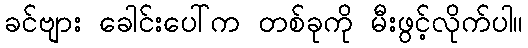
ခင်ဗျား ခေါင်းပေါ်က တစ်ခုကို မီးဖွင့်လိုက်ပါ။